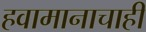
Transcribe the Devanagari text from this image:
हवामानाचाही